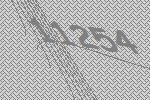
11254